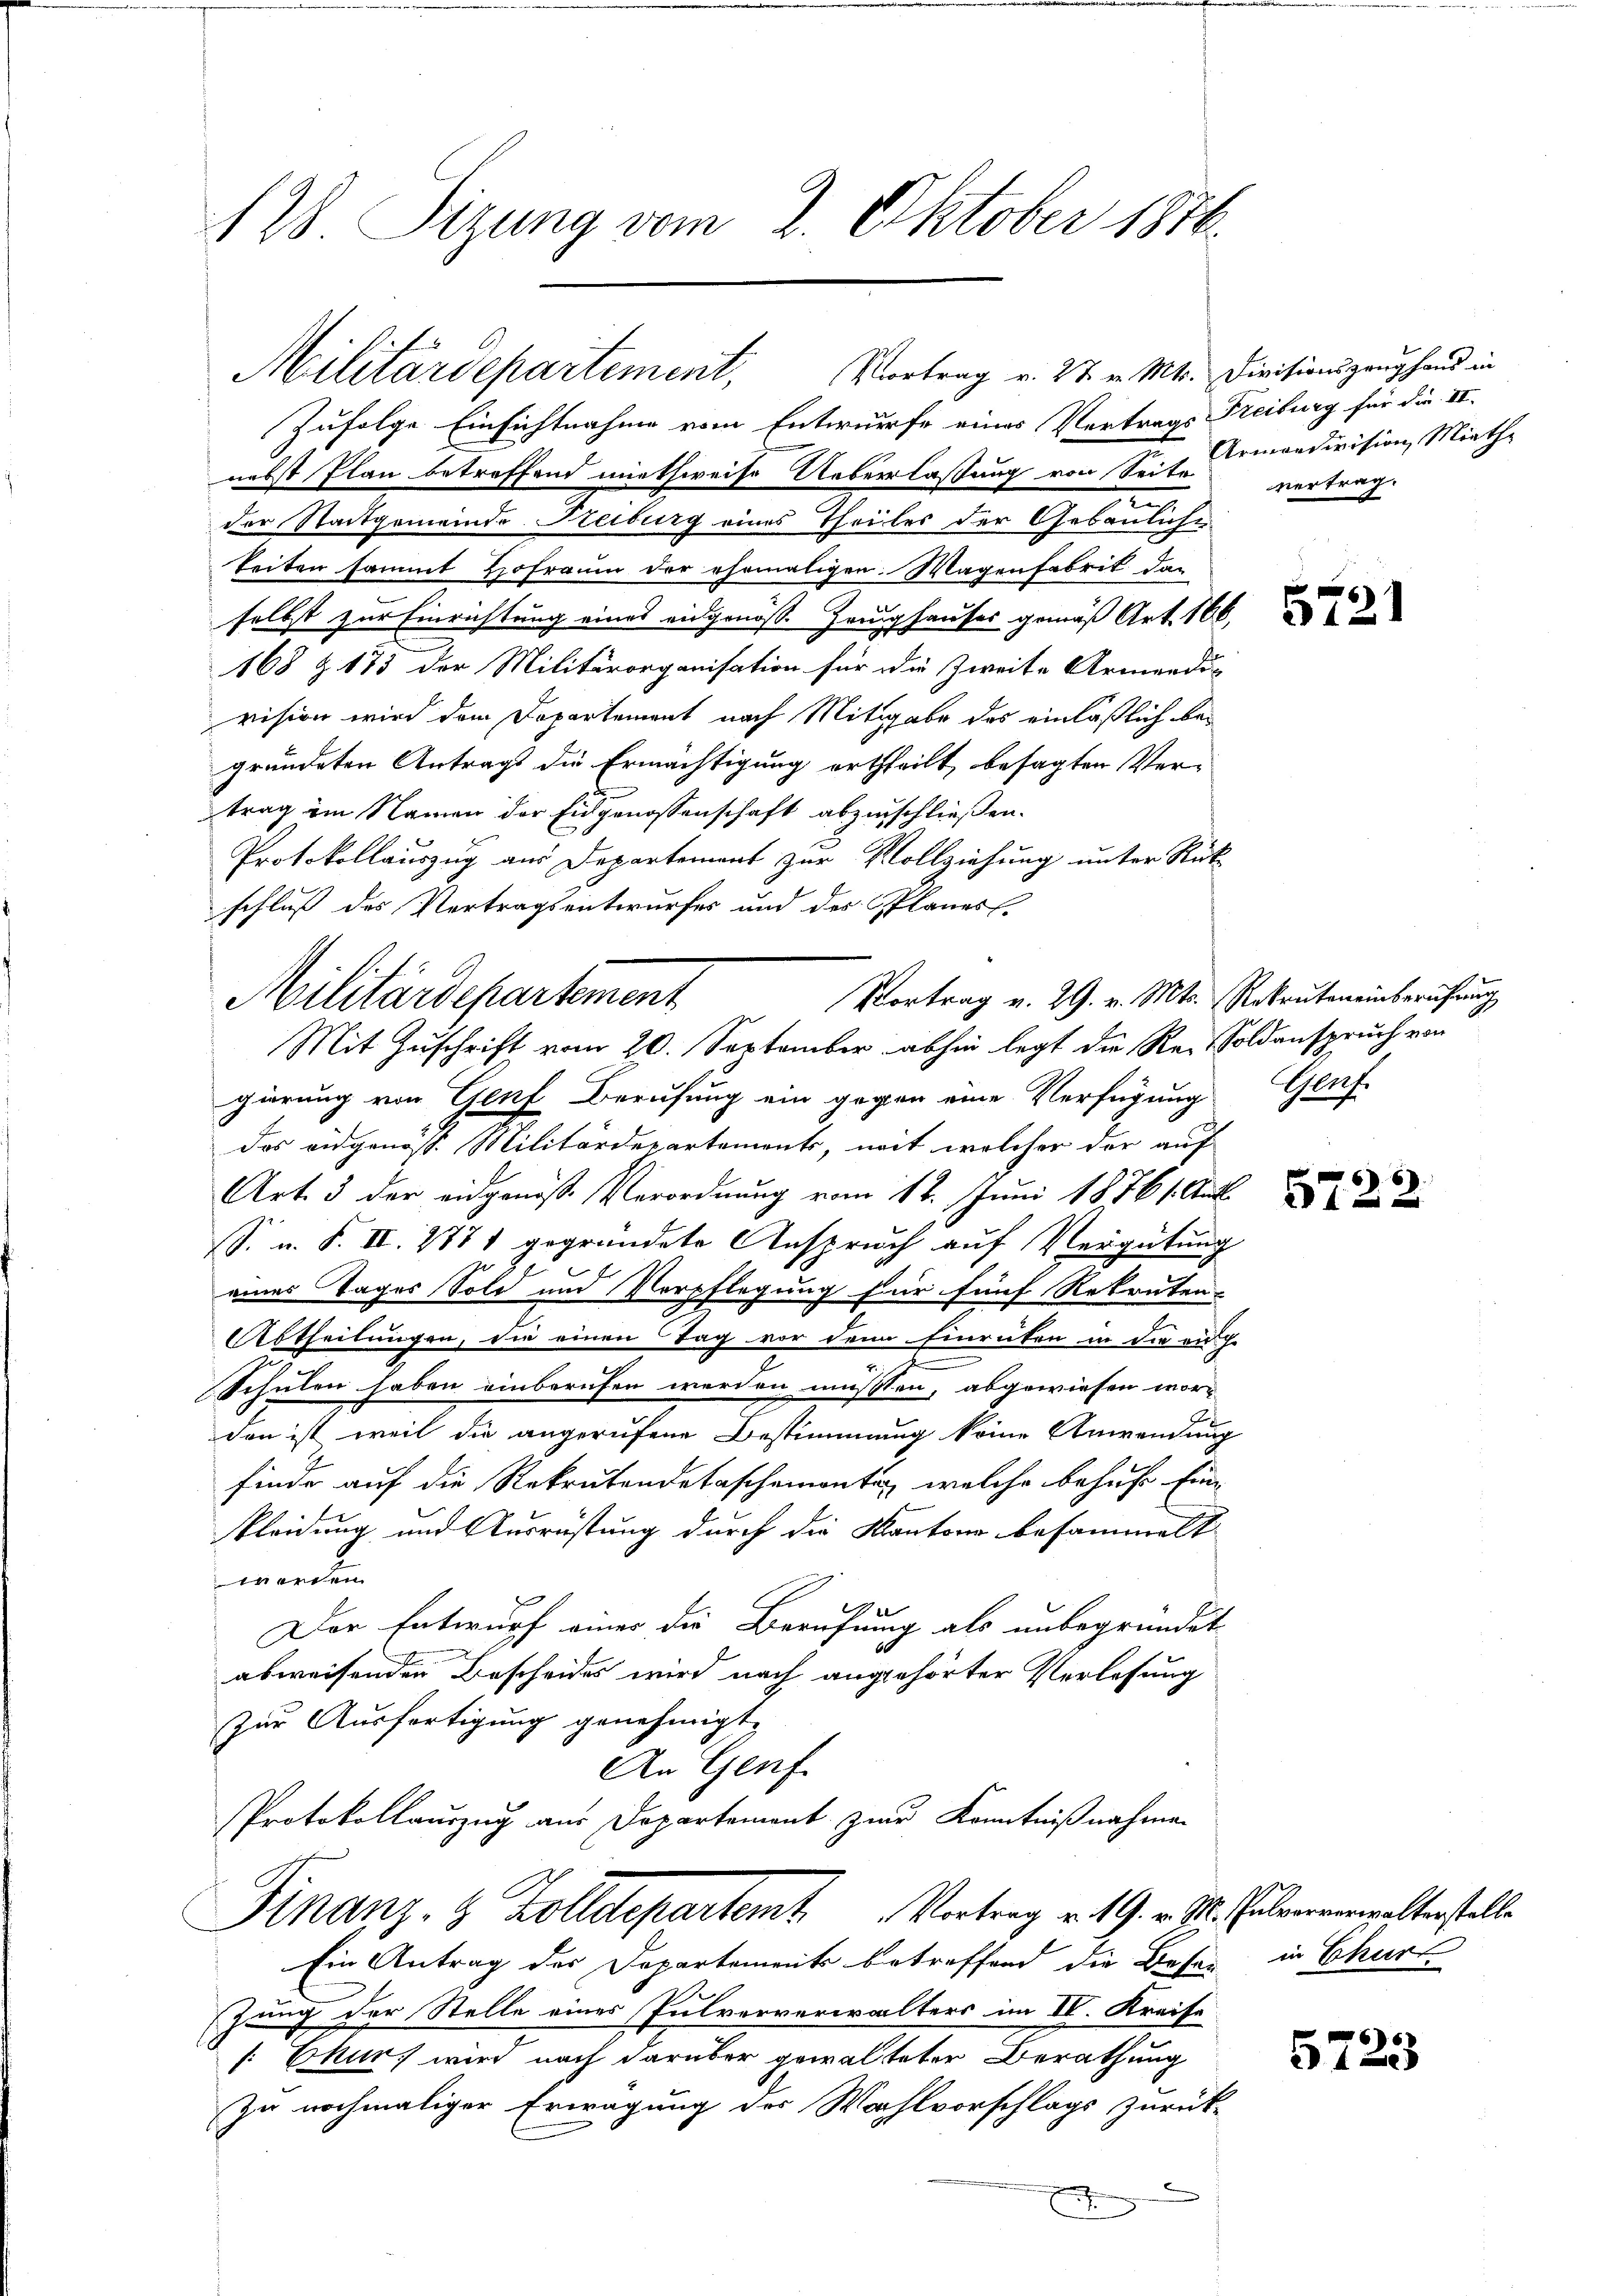
128 Sizung vom 2. Oktober 1874.

Militärdepartement, Vortrag v. 27. v. Mts. Divisionszeug hand in

Zufolge Einsichtnahme vom Entwurfe eines Vertrags Freiburg für die II.
nebst Plan betreffend miethweise Ueberlaßung von Seite Ormondivision, Miethe
n
der Stadtgemeinde Freiburg eines Theiles der Gebäuliche
Seiten sammt Hofraum der ehemaligen Wagenfabrik dar
selbst zur Einrichtung eines eidgenöß. Zeughauses gemäß Art. 160,
168 Z. 173 der Militärorganisation für die Zweite Armendi-
vision wird dem Departement nach Mitgabe des einläßlich begründeten Antrags die Ermächtigung ertheilt, besagten Ver-
trag im Namen der Eidgenossenschaft abzuschließen.
Protokollauszug aus Departement zur Vollziehung unter Rück-
schluß des Vertragsentwurfes und des Planes.
gierung von Genf Berufung ein gegen eine Verfügung Genf
Das eidgenöss. Militärdepartements, mit welcher der auf
Art. 3 der eidgenoße Verordnung vom 12. Juni 1876 s. Aufl.
S. u. S. II. 1871 gegründete Anspruch auf Vergütung
eines Tages Sold und Verpflegung für fünf Rekruten-
Abtheilungen, die einen Tag vor denn Einrücken in die eig
schulen haben einberufen werden müssten, abgewiesen worden ist, weil die angerufene Bestimmung keine Anwendung
finde auf die Rekrutendetaschemante, welche behufe Einkleidung und Ausrüstung durch die Kantone besammelt
werden.
Der Entwurf eines die Berufung als unbegründet,
abweisenden Bescheides wird nach angehörter Verlesung
zur Ausfertigung genehmigt.
An Genf.
Protokollauszug aus Departement zur Kenntnißnahmen
Finanz- & Zolldepartemt Vortrag v. 19. v. M. Helververwalterstelle
Ein Antrag des Dopartements betreffend die Beses in Churt
zung der Stelle eines Pulververwalters im IV. Kreisa
[Ekur, wird nach darüber gewalteter Berathung
zu nochmaliger Erwägung des Wahlvorschlags zurück-

Vortrag v. 29. v. Mts. Rekruteneinberufung
Militärdepartement
Mit Zuschrift vom 20. September abhin legt die Re-Soldanspruch von

vertrag.

57.

5722

5723